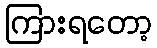
ကြားရတော့